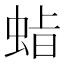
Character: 𮔍